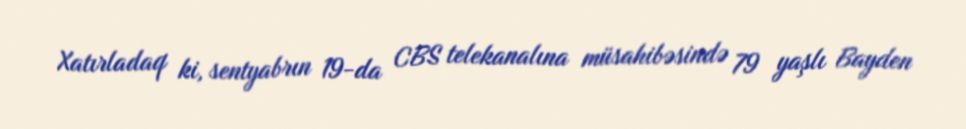
Xatırladaq ki, sentyabrın 19-da CBS telekanalına müsahibəsində 79 yaşlı Bayden